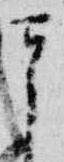
其